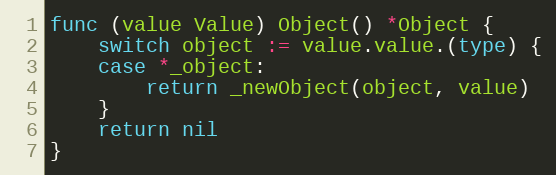
Language: Go
func (value Value) Object() *Object {
	switch object := value.value.(type) {
	case *_object:
		return _newObject(object, value)
	}
	return nil
}